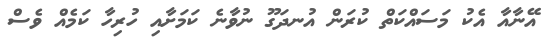
އޭނާއާ އެކު މަސައްކަތް ކުރަން އުނދަގޫ ނުވާނެ ކަމަށާއި ހުރިހާ ކަމެއް ވެސް